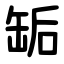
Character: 缿